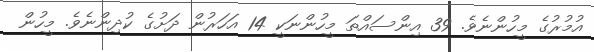
އުމުރުގެ މީހުންނެވެ. 39 އިންސައްތަ މީހުންނަކީ 14 އަހަރުން ދަށުގެ ކުދިންނެވެ. މީހުން